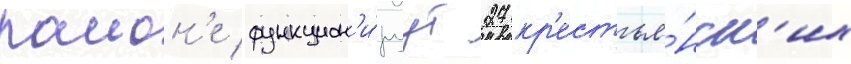
раион'е функцион'и́руут 27 кр'естья́нск'их